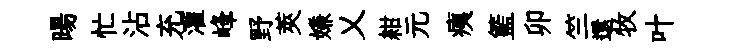
暘忙沾充灌峰野莢嫌乂紺元痍籃卯竺還牧叶